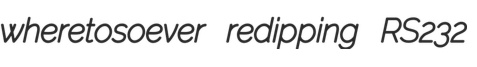
wheretosoever redipping RS232